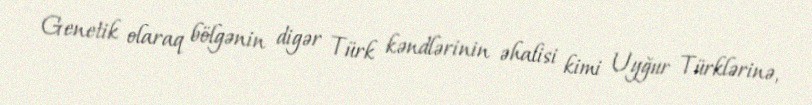
Genetik olaraq bölgənin digər Türk kəndlərinin əhalisi kimi Uyğur Türklərinə,